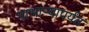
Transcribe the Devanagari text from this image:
गाभार्‍यापर्यंत